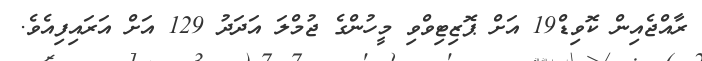
ރާއްޖެއިން ކޮވިޑް19 އަށް ޕޮޒިޓިވްވި މީހުންގެ ޖުމްލަ އަދަދު 129 އަށް އަރައިފިއެވެ.